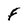
Character: F